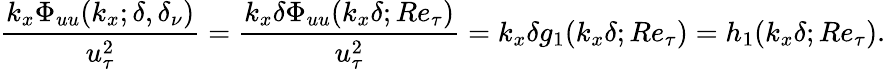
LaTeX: \frac{k_{x}\Phi_{uu}(k_{x};\delta,\delta_{\nu})}{u_{\tau}^{2}}=\frac{k_{x}\delta\Phi_{uu}(k_{x}\delta;Re_{\tau})}{u_{\tau}^{2}}=k_{x}\delta g_{1}(k_{x}\delta;Re_{\tau})=h_{1}(k_{x}\delta;Re_{\tau}).